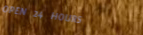
OPEN 24 HOURS